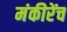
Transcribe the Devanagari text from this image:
मंकीरेंच